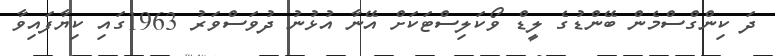
ދަ ކިންގްސްމެން ބޭންޑުގެ ލީޑް ވޯކަލިސްޓަކަށް އޭނާ އުޅުނު ދުވަސްވަރު 1963ގައި ކިޔާފައިވާ